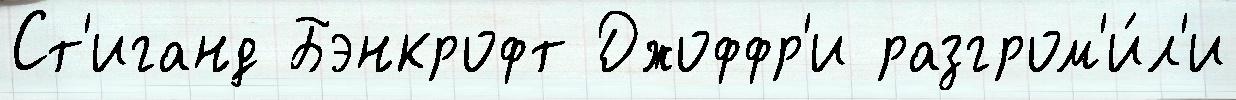
Ст'иганд Бэнкрофт Джоффр'и разгром'и́л'и